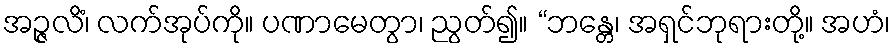
အဉ္ဇလိံ၊ လက်အုပ်ကို။ ပဏာမေတွာ၊ ညွတ်၍။ “ဘန္တေ၊ အရှင်ဘုရားတို့။ အဟံ၊